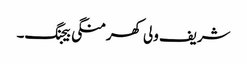
شریف ولی کھرمنگی بیجنگ۔